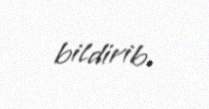
bildirib.